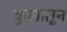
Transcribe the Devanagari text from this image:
कुलातून